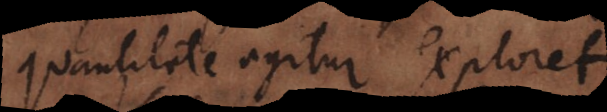
quantitate agitur exploret.